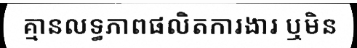
គ្មានលទ្ធភាពផលិតការងារ ឬមិន